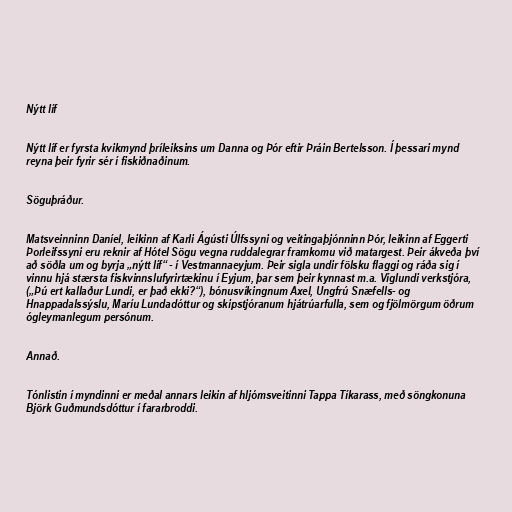
Nýtt líf

Nýtt líf er fyrsta kvikmynd þríleiksins um Danna og Þór eftir Þráin Bertelsson. Í þessari mynd
reyna þeir fyrir sér í fiskiðnaðinum.

Söguþráður.

Matsveinninn Daníel, leikinn af Karli Ágústi Úlfssyni og veitingaþjónninn Þór, leikinn af Eggerti
Þorleifssyni eru reknir af Hótel Sögu vegna ruddalegrar framkomu við matargest. Þeir ákveða því
að söðla um og byrja „nýtt líf“ - í Vestmannaeyjum. Þeir sigla undir fölsku flaggi og ráða sig í
vinnu hjá stærsta fiskvinnslufyrirtækinu í Eyjum, þar sem þeir kynnast m.a. Víglundi verkstjóra,
(„Þú ert kallaður Lundi, er það ekki?“), bónusvíkingnum Axel, Ungfrú Snæfells- og
Hnappadalssýslu, Maríu Lundadóttur og skipstjóranum hjátrúarfulla, sem og fjölmörgum öðrum
ógleymanlegum persónum.

Annað.

Tónlistin í myndinni er meðal annars leikin af hljómsveitinni Tappa Tíkarass, með söngkonuna
Björk Guðmundsdóttur í fararbroddi.